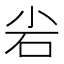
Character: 𮱢